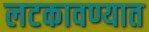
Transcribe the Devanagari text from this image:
लटकावण्यात